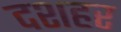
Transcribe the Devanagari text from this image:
दशहर